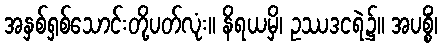
အနှစ်ရှစ်သောင်းတို့ပတ်လုံး။ နိရယမှိ၊ ဥဿဒငရဲ၌။ အပစ္စိံ၊